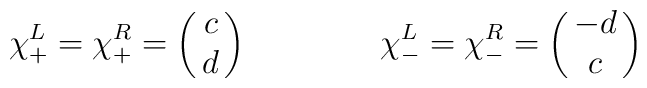
\chi^L_+ =\chi^R_+ = \left(\matrix{c \cr d}\right)    \qquad \qquad     \chi^L_- =\chi^R_- = \left(\matrix{-d \cr c}\right)